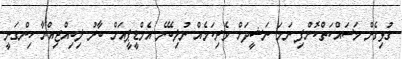
ގުޅިގެން މަސައްކަތްކޮށްފި ނަމަ ނަޝީދަށް ވެރިކަމެއް ނުލިބޭނެ އެމްޑީޕީއަށް ބާރު ލިބިއްޖިއްޔާ ހިންގަނީ